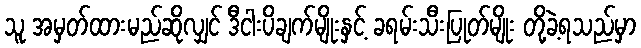
သူ အမှတ်ထားမည်ဆိုလျှင် ဒီငါးပိချက်မျိုးနှင့် ခရမ်းသီးပြုတ်မျိုး တို့ခဲ့ရသည်မှာ